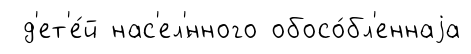
д'ет'е́й нас'ел'́нного обосо́бл'еннаjа